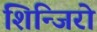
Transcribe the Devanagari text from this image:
शिन्जिरो